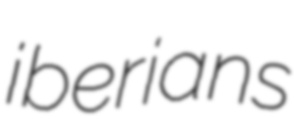
iberians